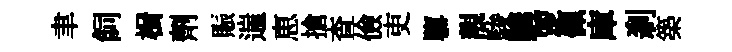
聿飼楫劑賑遄恵搶查儉吏隳靚駿購覂佩庫刹築